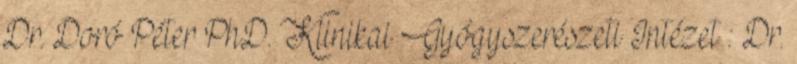
Dr. Doró Péter PhD. Klinikai Gyógyszerészeti Intézet : Dr.